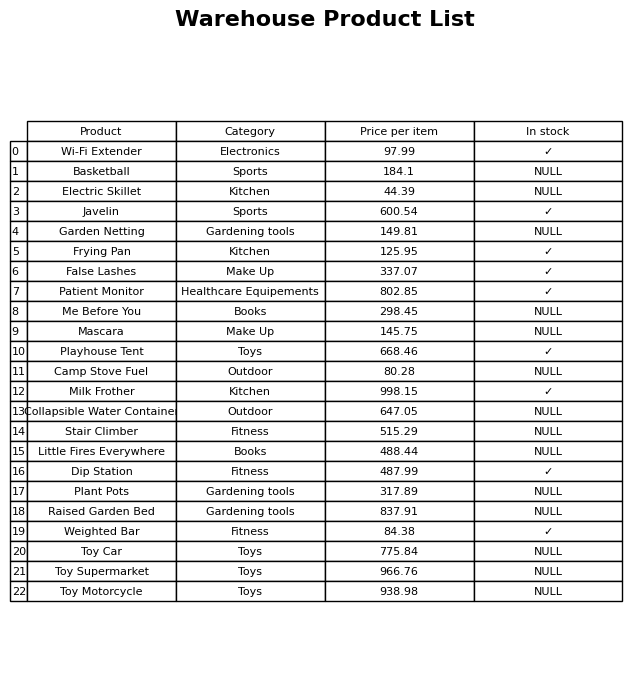
question: What is the price for Camp Stove Fuel?
answer: The price of Camp Stove Fuel is 80.28.